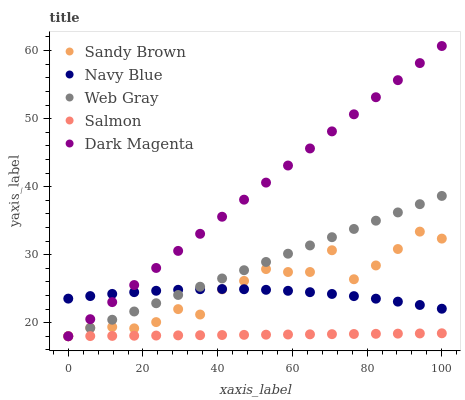
| xaxis_label | Sandy Brown | Navy Blue | Web Gray | Salmon | Dark Magenta |
 | --- | --- | --- | --- | --- | --- |
 | 0 | 18 | 23.5 | 18 | 18 | 18 |
 | 5.88 | 19.2 | 23.9 | 19.2 | 18 | 20.5 |
 | 11.8 | 19.4 | 24.2 | 20.4 | 18.1 | 23 |
 | 17.6 | 19.2 | 24.5 | 21.6 | 18.1 | 25.5 |
 | 23.5 | 20.1 | 24.7 | 22.9 | 18.1 | 28 |
 | 29.4 | 22 | 24.8 | 24.1 | 18.1 | 30.6 |
 | 35.3 | 21.2 | 24.9 | 25.3 | 18.2 | 33.1 |
 | 41.2 | 24.9 | 24.9 | 26.5 | 18.2 | 35.6 |
 | 47.1 | 26.1 | 24.9 | 27.7 | 18.2 | 38.1 |
 | 52.9 | 27.9 | 24.8 | 28.9 | 18.2 | 40.6 |
 | 58.8 | 27.4 | 24.7 | 30.1 | 18.3 | 43.1 |
 | 64.7 | 27.4 | 24.5 | 31.4 | 18.3 | 45.6 |
 | 70.6 | 30.6 | 24.2 | 32.6 | 18.3 | 48.1 |
 | 76.5 | 26.4 | 23.9 | 33.8 | 18.3 | 50.6 |
 | 82.4 | 28.4 | 23.5 | 35 | 18.4 | 53.1 |
 | 88.2 | 30.8 | 23.1 | 36.2 | 18.4 | 55.7 |
 | 94.1 | 33.4 | 22.6 | 37.4 | 18.4 | 58.2 |
 | 100 | 32.4 | 22 | 38.6 | 18.4 | 60.7 |